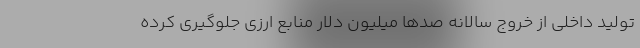
تولید داخلی از خروج سالانه صدها میلیون دلار منابع ارزی جلوگیری کرده